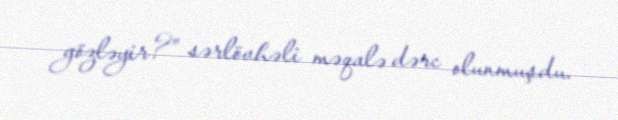
gözləyir?” sərlövhəli məqalə dərc olunmuşdu.